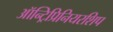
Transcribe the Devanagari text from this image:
ऑन्ट्रिप्रिनियरशिप